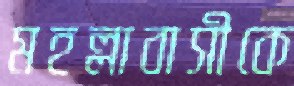
মহল্লাবাসীকে